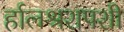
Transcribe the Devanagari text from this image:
र्हालश्रशपशी